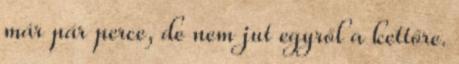
már pár perce, de nem jut egyről a kettőre.